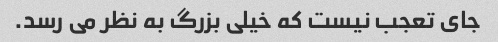
جای تعجب نیست که خیلی بزرگ به نظر می رسد.